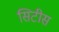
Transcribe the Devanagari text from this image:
सिटीस